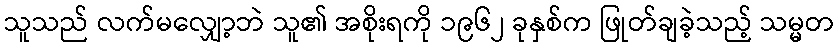
သူသည် လက်မလျှော့ဘဲ သူ၏ အစိုးရကို ၁၉၆၂ ခုနှစ်က ဖြုတ်ချခဲ့သည့် သမ္မတ